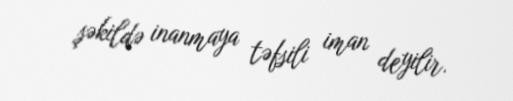
şəkildə inanmaya təfsili iman deyilir.